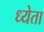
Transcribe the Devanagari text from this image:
ध्येता